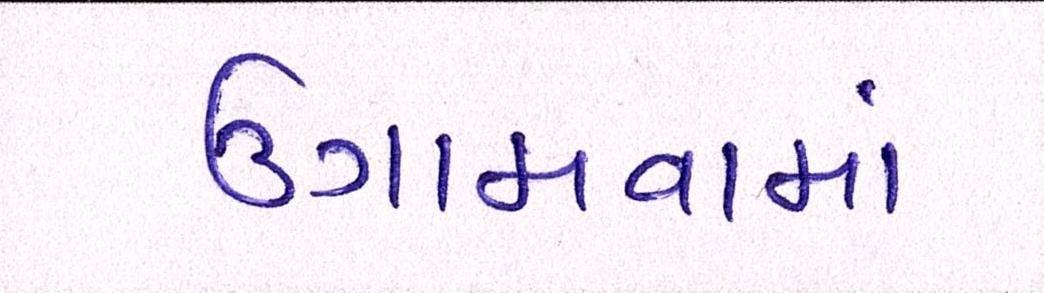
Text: ઉગામવામાં